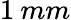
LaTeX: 1\: mm